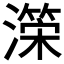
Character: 𭲺